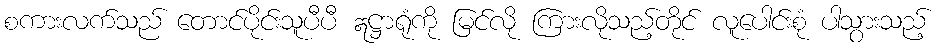
စကားလက်သည် တောင်ပိုင်းသူပီပီ ဣဋ္ဌာရုံကို မြင်လို ကြားလိုသည့်တိုင် လူပေါင်းစုံ ပါသွားသည့်